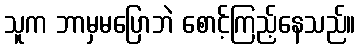
သူက ဘာမှမပြောဘဲ စောင့်ကြည့်နေသည်။